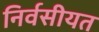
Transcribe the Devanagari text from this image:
निर्वसीयत